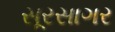
સૂરસાગર